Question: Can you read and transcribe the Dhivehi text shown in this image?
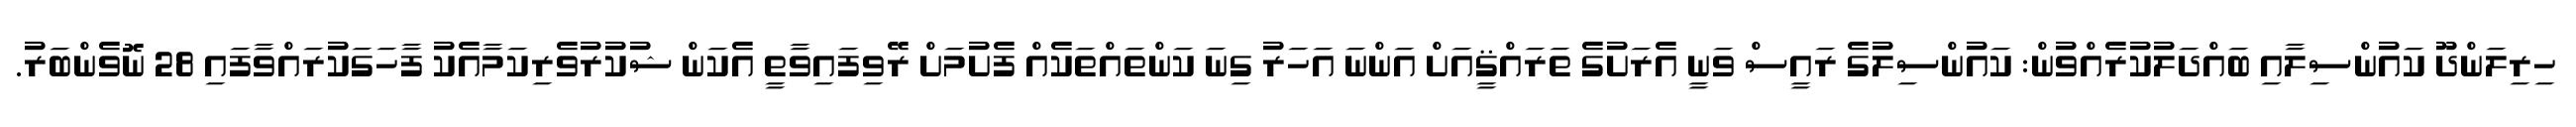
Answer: ހިރިލަންދޫ ކައުންސިލާއި ބައްދަލުކުރެއްވުން: ކައުންސިލުގެ ރައީސް ވަނީ އެރަށުގެ ތަރައްޤީއަށް އަންނަ އަހަރު ގިނަ ކަންތައްތަކެއް ފެށުމަށް ރޭވިފައިވާތީ އެކަން ޝުކުރުވެރިކަމާއެކު ފާހަގަކުރައްވާފައި 28 ނޮވެންބަރު.